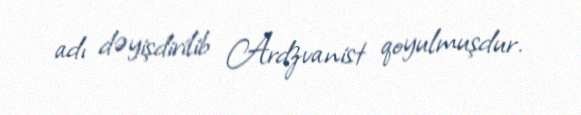
adı dəyişdirilib Ardzvanist qoyulmuşdur.